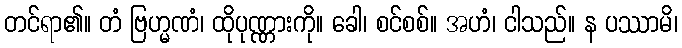
တင်ရာ၏။ တံ ဗြဟ္မဏံ၊ ထိုပုဏ္ဏားကို။ ခေါ၊ စင်စစ်။ အဟံ၊ ငါသည်။ န ပဿာမိ၊